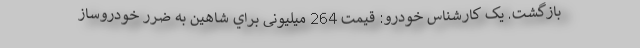
بازگشت. یک کارشناس خودرو: قيمت 264 ميليونی براي شاهين به ضرر خودروساز